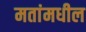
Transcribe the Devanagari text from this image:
मतांमधील